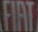
FIAT